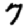
Digit: 7